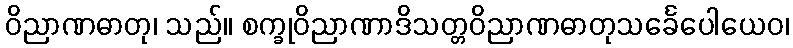
ဝိညာဏဓာတု၊ သည်။ စက္ခုဝိညာဏာဒိသတ္တဝိညာဏဓာတုသင်္ခေပေါယေဝ၊